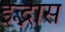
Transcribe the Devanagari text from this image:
ईद्भास